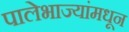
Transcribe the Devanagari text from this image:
पालेभाज्यांमधून